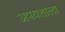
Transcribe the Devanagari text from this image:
अपयशाला